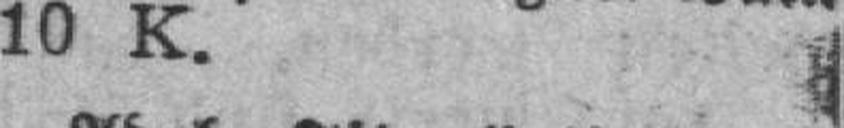
10 K.